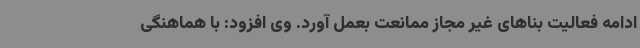
ادامه فعالیت بناهای غیر مجاز ممانعت بعمل آورد. وی افزود: با هماهنگی